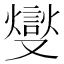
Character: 燮